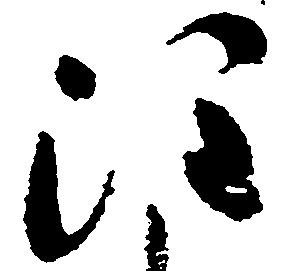
注